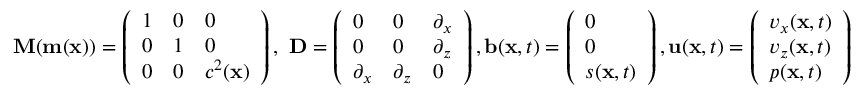
\mathbf { M } ( \mathbf { m } ( \mathbf { x } ) ) = \left( \begin{array} { l l l } { 1 } & { 0 } & { 0 } \\ { 0 } & { 1 } & { 0 } \\ { 0 } & { 0 } & { c ^ { 2 } ( \mathbf { x } ) } \end{array} \right) , ~ \mathbf { D } = \left( \begin{array} { l l l } { 0 } & { 0 } & { \partial _ { x } } \\ { 0 } & { 0 } & { \partial _ { z } } \\ { \partial _ { x } } & { \partial _ { z } } & { 0 } \end{array} \right) , \mathbf { b } ( \mathbf { x } , t ) = \left( \begin{array} { l } { 0 } \\ { 0 } \\ { s ( \mathbf { x } , t ) } \end{array} \right) , \mathbf { u } ( \mathbf { x } , t ) = \left( \begin{array} { l } { v _ { x } ( \mathbf { x } , t ) } \\ { v _ { z } ( \mathbf { x } , t ) } \\ { p ( \mathbf { x } , t ) } \end{array} \right)